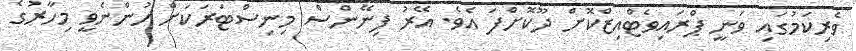
ވެރިކަމުގައި ވަނީ ޕްރައިވެޓްއިޒްކޮށް ދޫކޮށްފަ އެވެ. އޭރު ފިނޭންސް މިނިސްޓަރަކަށް ހުންނެވީ މިހާރުގެ